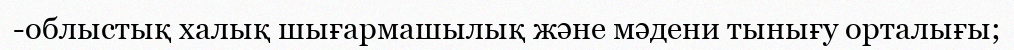
-облыстық халық шығармашылық және мәдени тынығу орталығы;